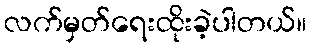
လက်မှတ်ရေးထိုးခဲ့ပါတယ်။